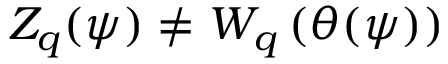
Z _ { q } ( \psi ) \neq W _ { q } \left( \theta ( \psi ) \right)